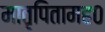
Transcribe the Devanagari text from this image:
मातृपितामह०